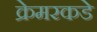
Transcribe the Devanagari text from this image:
क्रेमरकडे